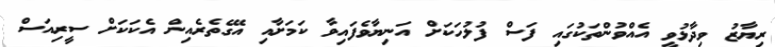
ރިޔާޒު ވިދާޅުވީ އެއްވުންތަކުގައި ފަސް ފުލުހަކަށް އަނިޔާވެފައިވާ ކަމަށާއި އޭގެތެރެއިން އެކަކަށް ސީރިއަސް